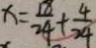
x = \frac { 1 8 } { 2 4 } + \frac { 4 } { 2 4 }